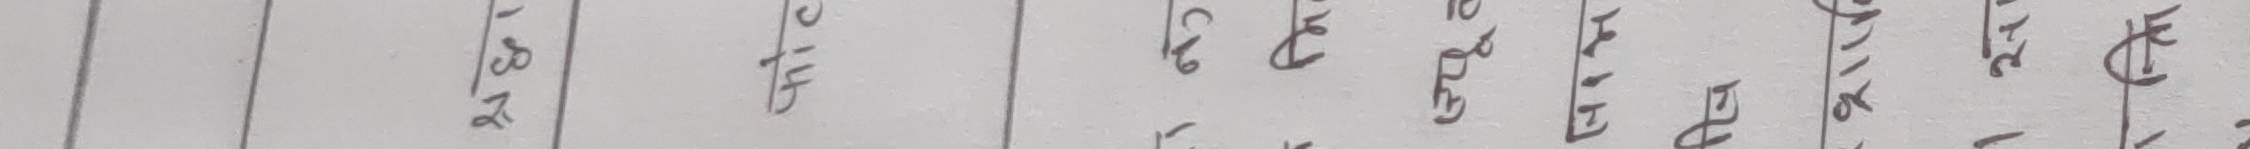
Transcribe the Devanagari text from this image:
अ.वे.नं.ट
सि.धि.नं.
१. पुरुष
एवं हद्द
काल आसल
दाखिल अनुसार
मिति क न
कैफियत